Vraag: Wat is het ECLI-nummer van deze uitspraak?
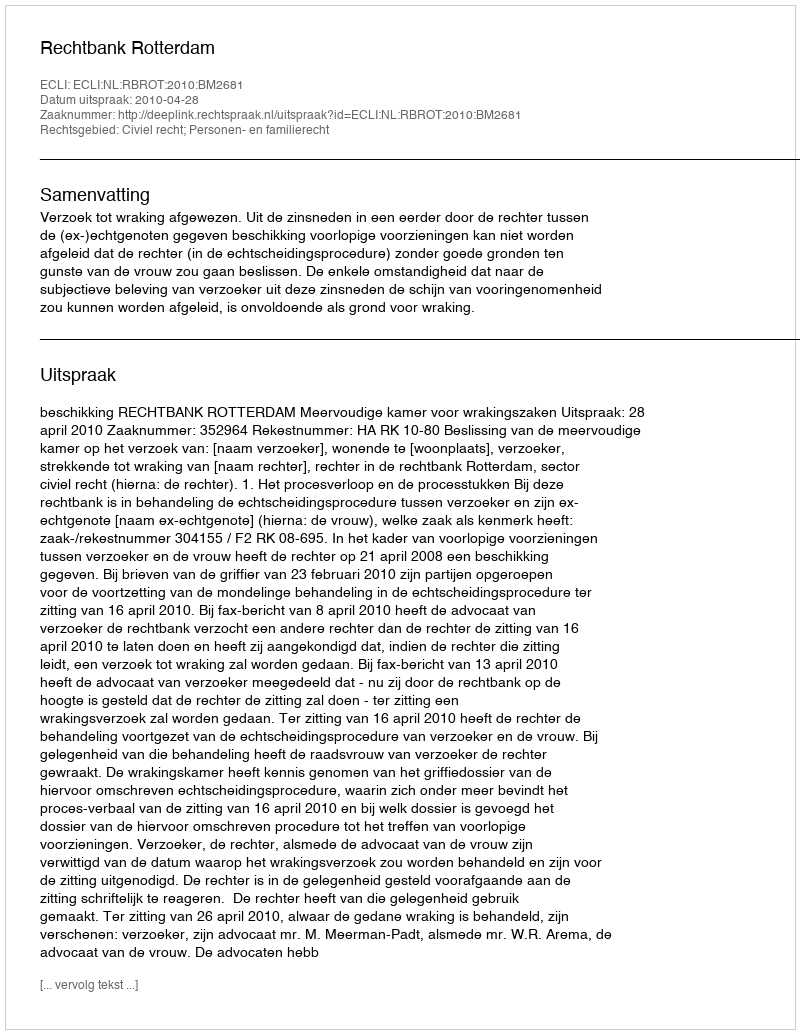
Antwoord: ECLI:NL:RBROT:2010:BM2681